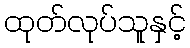
ထုတ်လုပ်သူနှင့်